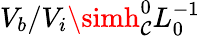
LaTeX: V_{b}/V_{i}\simh_{\mathcal{C}}^{0}L_{0}^{-1}